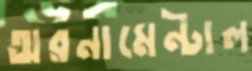
অরনামেন্টাল